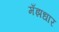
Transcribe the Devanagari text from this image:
मँझधार